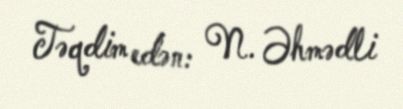
Təqdim edən: N. Əhmədli